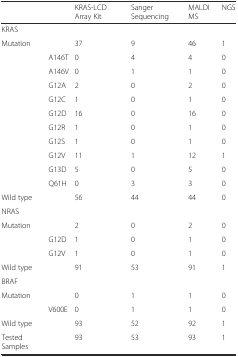
|  |  | KRAS-LCD Array Kit | Sanger Sequencing | MALDI MS | NGS |
 | --- | --- | --- | --- | --- | --- |
 | KRAS |  |  |  |  |  |
 | Mutation |  | 37 | 9 | 46 | 1 |
 |  | A146T | 0 | 4 | 4 | 0 |
 |  | A146V | 0 | 1 | 1 | 0 |
 |  | G12A | 2 | 0 | 2 | 0 |
 |  | G12C | 1 | 0 | 1 | 0 |
 |  | G12D | 16 | 0 | 16 | 0 |
 |  | G12R | 1 | 0 | 1 | 0 |
 |  | G12S | 1 | 0 | 1 | 0 |
 |  | G12V | 11 | 1 | 12 | 1 |
 |  | G13D | 5 | 0 | 5 | 0 |
 |  | Q61H | 0 | 3 | 3 | 0 |
 | Wild type |  | 56 | 44 | 44 | 0 |
 | NRAS |  |  |  |  |  |
 | Mutation |  | 2 | 0 | 2 | 0 |
 |  | G12D | 1 | 0 | 1 | 0 |
 |  | G12V | 1 | 0 | 1 | 0 |
 | Wild type |  | 91 | 53 | 91 | 1 |
 | BRAF |  |  |  |  |  |
 | Mutation |  | 0 | 1 | 1 | 0 |
 |  | V600E | 0 | 1 | 1 | 0 |
 | Wild type |  | 93 | 52 | 92 | 1 |
 | Tested Samples |  | 93 | 53 | 93 | 1 |